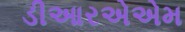
ડીઆરએએમ